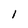
Character: 1